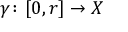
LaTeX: \gamma \colon [ 0 , r ] \to X